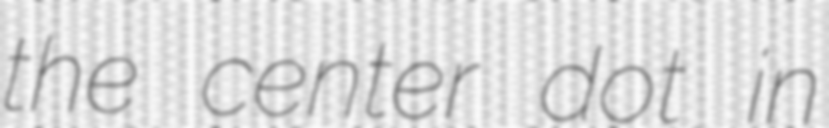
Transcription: the center dot in